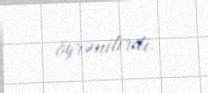
öyrənilirdi.